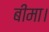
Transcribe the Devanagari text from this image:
बीमा।